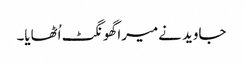
جاوید نےمیرا گھونگٹ اُٹھایا۔